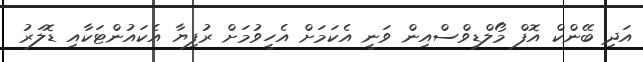
އަދި ބޭންކް އޮފް މޯލްޑިވްސްއިން ވަނީ އެކަމަށް އެހީވުމަށް ރުފިޔާ އެކައުންޓަކާއި ޑޮލަރު